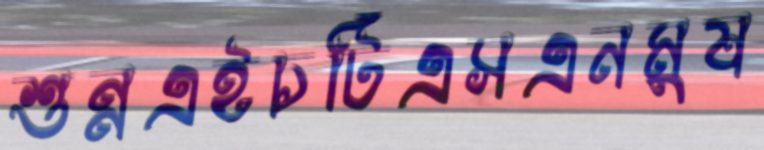
শুন্নএইচটিএসএনমুষ